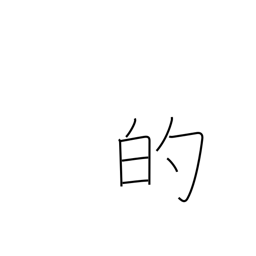
Meaning: adjective ending